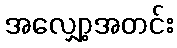
အလျှော့အတင်း